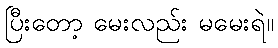
ပြီးတော့ မေးလည်း မမေးရဲ။